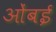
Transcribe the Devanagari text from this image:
ओंबई